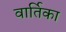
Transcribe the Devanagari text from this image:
वार्तिका